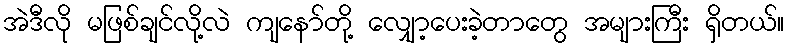
အဲဒီလို မဖြစ်ချင်လို့လဲ ကျနော်တို့ လျှော့ပေးခဲ့တာတွေ အများကြီး ရှိတယ်။